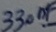
Text: 330nF